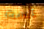
لست